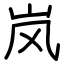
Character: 岚